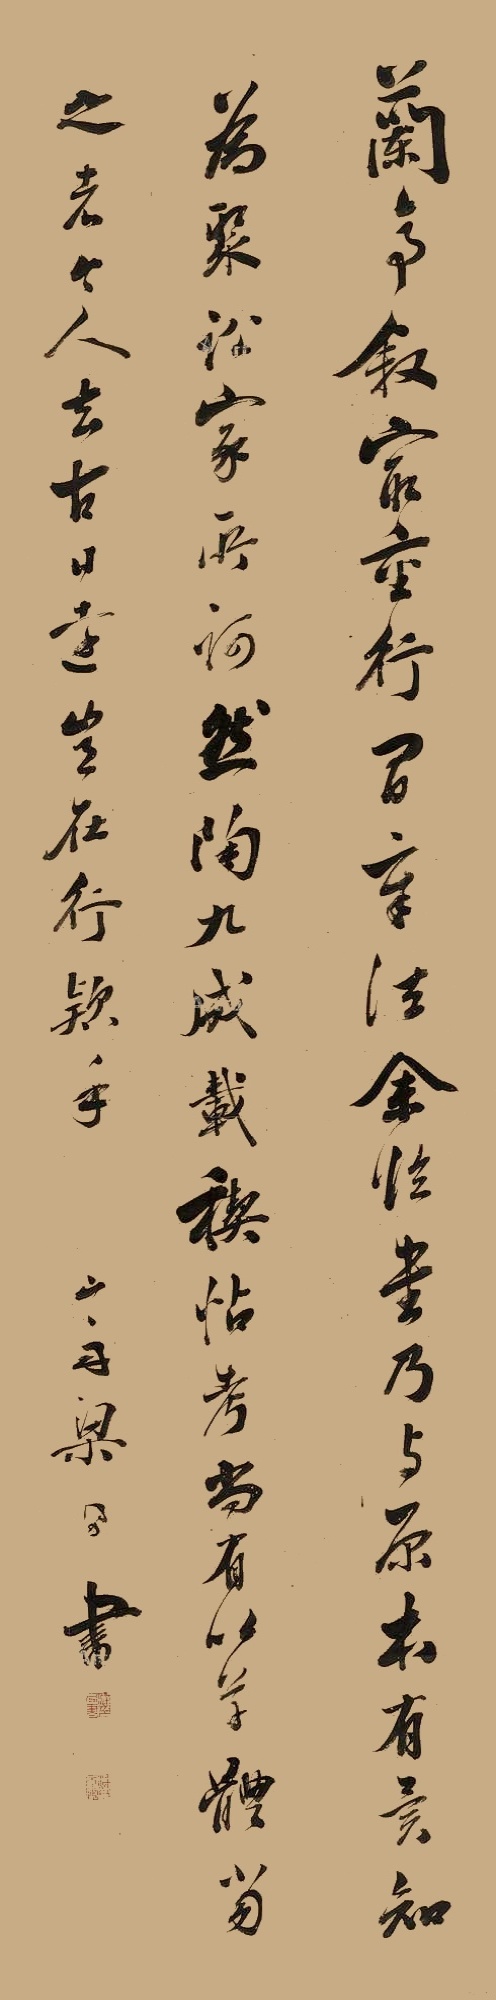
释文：《兰亭叙》最重行间章法，余临书乃与原本有异，知为聚讼家所诃，然陶九成载稧帖考，尚有以草体当之者，今人去古日远，岂在行款乎。山舟梁同书。